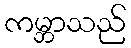
ကမ္ဘာသည်